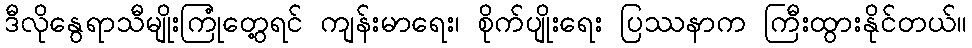
ဒီလိုနွေရာသီမျိုးကြုံတွေ့ရင် ကျန်းမာရေး၊ စိုက်ပျိုးရေး ပြဿနာက ကြီးထွားနိုင်တယ်။